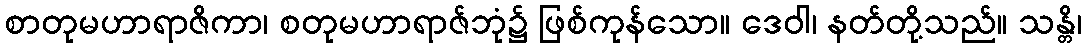
စာတုမဟာရာဇိကာ၊ စတုမဟာရာဇ်ဘုံ၌ ဖြစ်ကုန်သော။ ဒေဝါ၊ နတ်တို့သည်။ သန္တိ၊